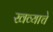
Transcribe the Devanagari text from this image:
खव्याचे